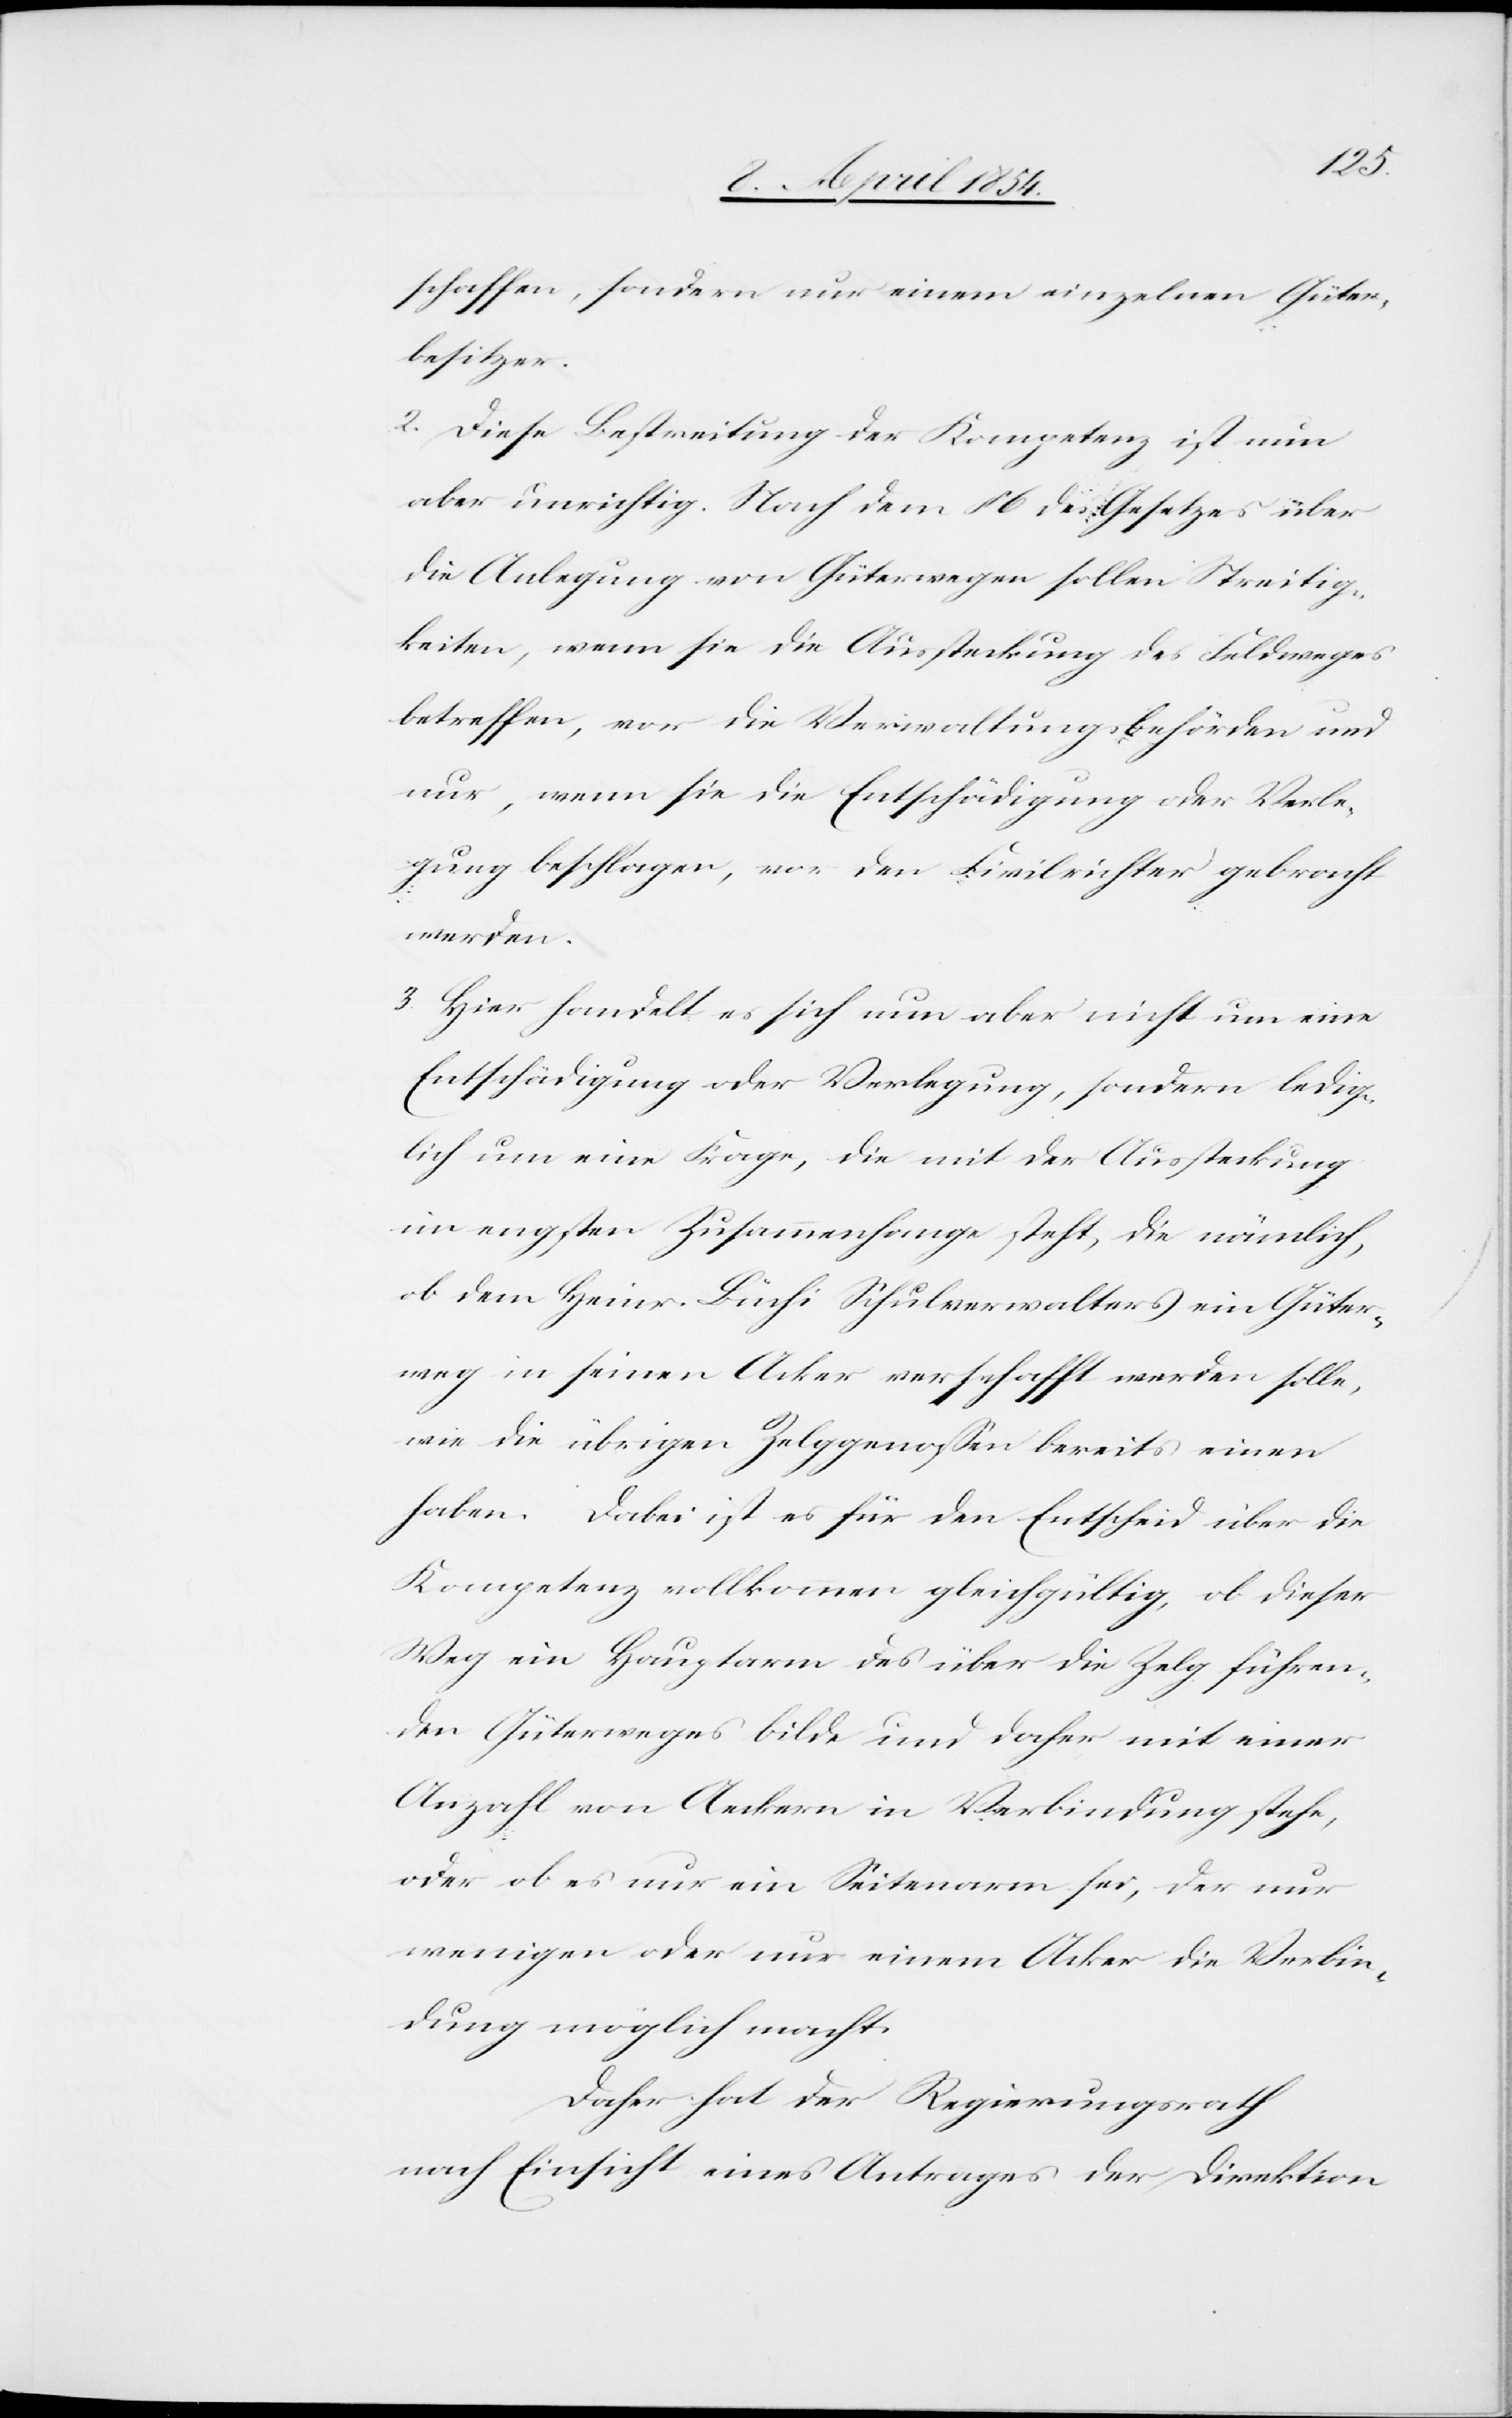
schaffen, sondern nur einem einzelnen Güter¬
besitzer.
2. Diese Bestreitung der Kompetenz ist nun
aber unrichtig. Nach dem § 6 des Gesetzes über
die Anlegung von Güterwegen sollen Streitig¬
keiten, wenn sie die Aussteckung des Feldweges
betreffen, vor die Verwaltungsbehörden und
nur, wenn sie die Entschädigung oder Verle¬
gung beschlagen, vor den Civilrichter gebracht
werden.
3. Hier handelt es sich nun aber nicht um eine
Entschädigung oder Verlegung, sondern ledig¬
lich um eine Frage, die mit der Aussteckung
im engsten Zusammenhange steht, die nämlich,
ob dem Heinr. Büchi Schulverwalters ein Güter¬
weg in seinen Acker verschafft werden solle,
wie die übrigen Zelggenoßen bereits einen
haben. Dabei ist es für den Entscheid über die
Kompetenz vollkommen gleichgültig, ob dieser
Weg ein Hauptarm des über die Zelg führen¬
den Güterweges bilde und daher mit einer
Anzahl von Aeckern in Verbindung stehe,
oder ob es nur ein Seitenarm sei, der nur
wenigen oder nur einem Acker die Verbin¬
dung möglich macht.
Daher hat der Regierungsrath
nach Einsicht eines Antrages der Direktion